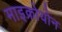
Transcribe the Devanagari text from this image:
माइक्रोयोन